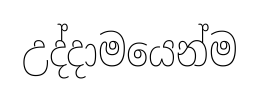
උද්දාමයෙන්ම